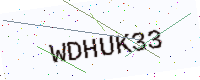
Text: WDHUK33